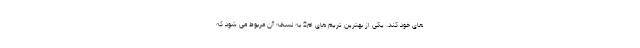
های خود کند. یکی از بهترین تریم های ام2 به نسخه آن مربوط می شود که